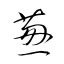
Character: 葱